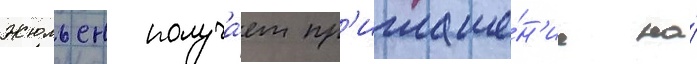
Жюльен получа́ет пр'иглаше́н'ие на́